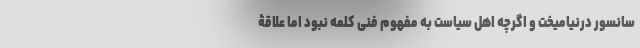
سانسور درنیامیخت و اگرچه اهل سیاست به مفهوم فنی کلمه نبود اما علاقۀ